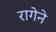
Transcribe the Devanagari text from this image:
रागेने